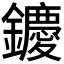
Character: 𨯙